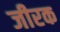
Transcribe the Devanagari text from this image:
जीरक